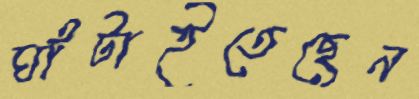
ঘাঁটাইতেছেন